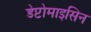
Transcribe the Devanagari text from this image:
डेप्टोमाइसिन